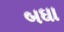
બઘા